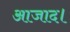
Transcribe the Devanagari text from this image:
आजाद।